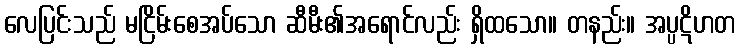
လေပြင်းသည် မငြိမ်းစေအပ်သော ဆီမီး၏အရောင်လည်း ရှိထသော။ တနည်း။ အပ္ပဋိဟတ